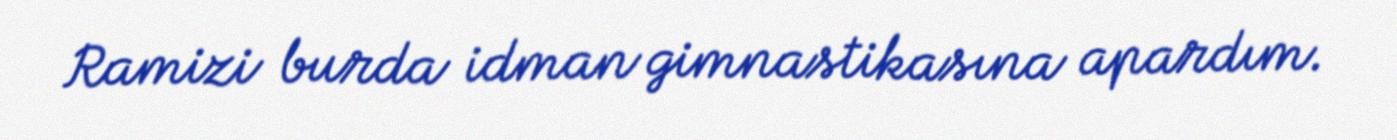
Ramizi burda idman gimnastikasına apardım.